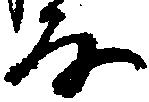
な